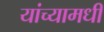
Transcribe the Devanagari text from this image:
यांच्यामधी